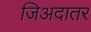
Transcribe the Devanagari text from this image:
जिअदातर